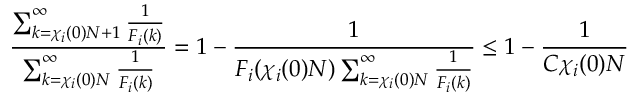
\frac { \sum _ { k = \chi _ { i } ( 0 ) N + 1 } ^ { \infty } \frac { 1 } { F _ { i } ( k ) } } { \sum _ { k = \chi _ { i } ( 0 ) N } ^ { \infty } \frac { 1 } { F _ { i } ( k ) } } = 1 - \frac { 1 } { F _ { i } ( \chi _ { i } ( 0 ) N ) \sum _ { k = \chi _ { i } ( 0 ) N } ^ { \infty } \frac { 1 } { F _ { i } ( k ) } } \le 1 - \frac { 1 } { C \chi _ { i } ( 0 ) N }